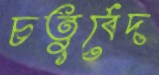
চতুর্বেদ